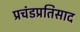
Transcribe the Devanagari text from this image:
प्रचंडप्रतिसाद